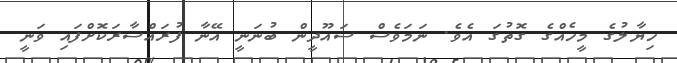
ހިޔާލުގެ މީހެއްގެ ގޮތުގަ އެވެ. ނަމަވެސް ސައޫދީން ބުނަނީ އޭނާ ފުރައްސާރަކޮށްފައި ވަނީ